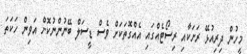
މީހުން ދިރިއުޅޭ ރަށަކާއި ރިސޯޓެއްގައި އެއްގޮތަކަށް ވެސް ޑީސަލް ބޭނުންނުކޮށް އަވިން ހަކަތަ